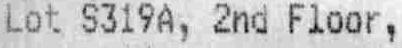
LOT S319A, 2ND FLOOR,